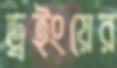
ড্রইংয়ের